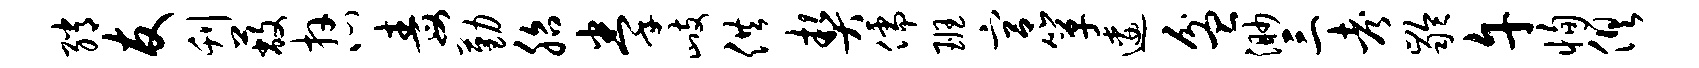
绡友刊蔽卉心毒勤胎拳歧供契儒班宫箪逶盆渺三考龄午恂俱